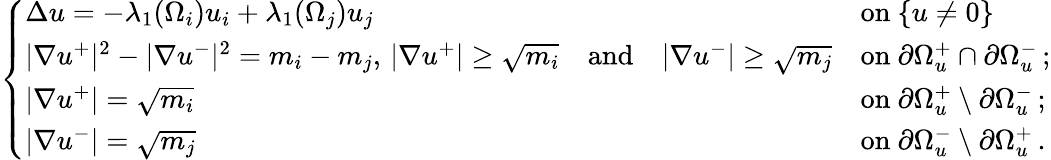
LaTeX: \left\{ \begin{array}{ll}{\Delta u=-\lambda_{1}(\Omega_{i})u_{i}+\lambda_{1}(\Omega_{j})u_{j}\qquad}&{\mathrm{on~}\{ u\ne 0\} }\\ {|\nabla u^{+}|^{2}-|\nabla u^{-}|^{2}=m_{i}-m_{j},\, |\nabla u^{+}|\ge\sqrt{m_{i}}\quad\mathrm{and}\quad|\nabla u^{-}|\ge\sqrt{m_{j}}}&{\mathrm{on~}\partial\Omega_{u}^{+}\cap\partial\Omega_{u}^{-}\, ;}\\ {|\nabla u^{+}|=\sqrt{m_{i}}}&{\mathrm{on~}\partial\Omega_{u}^{+}\setminus\partial\Omega_{u}^{-}\, ;}\\ {|\nabla u^{-}|=\sqrt{m_{j}}}&{\mathrm{on~}\partial\Omega_{u}^{-}\setminus\partial\Omega_{u}^{+}\, .}\end{array}\right.